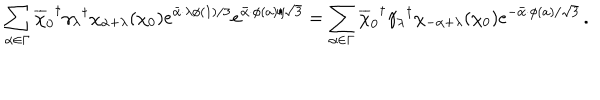
LaTeX: \sum _ { \alpha \in \Gamma } { \overline { { \chi } } _ { 0 } } ^ { \dagger } { \gamma _ { \lambda } } ^ { \dagger } \chi _ { \alpha + \lambda } ( \chi _ { 0 } ) e ^ { \bar { \alpha } \cdot \lambda \phi ( 1 ) / 3 } e ^ { \bar { \alpha } \cdot \phi ( a ) / \sqrt 3 } = \sum _ { \alpha \in \Gamma } { \overline { { \chi } } _ { 0 } } ^ { \dagger } { \gamma _ { \lambda } } ^ { \dagger } \chi _ { - \alpha + \lambda } ( \chi _ { 0 } ) e ^ { - \bar { \alpha } \cdot \phi ( a ) / \sqrt 3 } \, .